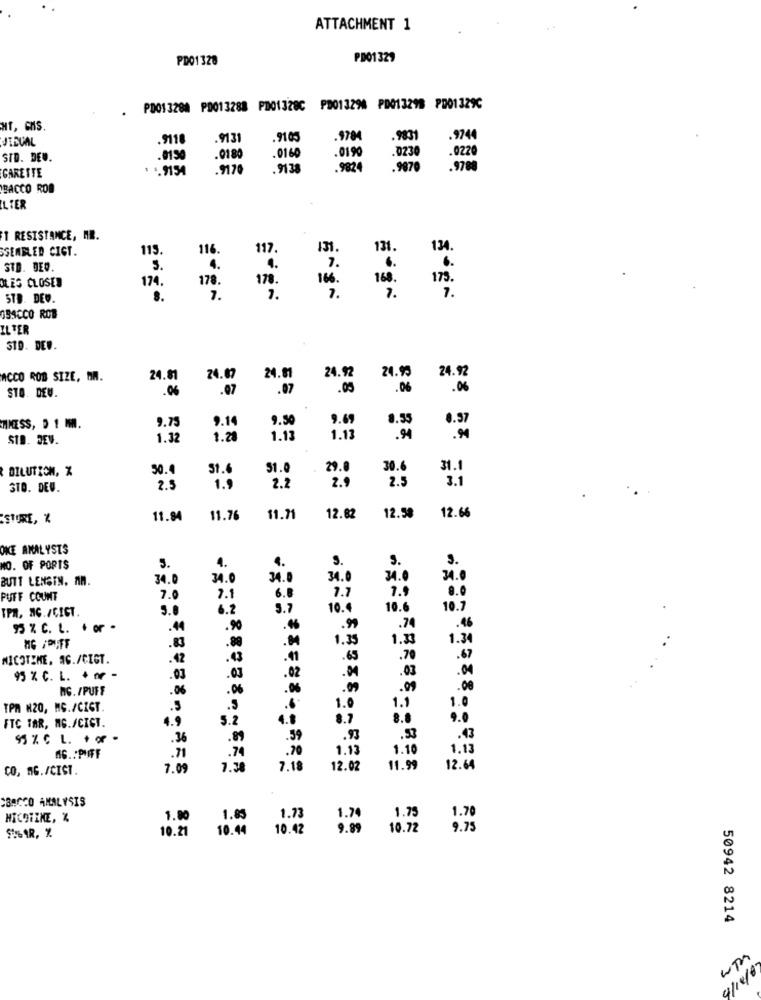
ATTACHMENT 1
PD01328
PD01329
. P001 3288 P0013288 PD01328C PD013296 PD013298 PD01329C
HT, GMS.
JTEVAL
.9110
.913
.910.
.9784
.9831
.9744
STD. DEW.
.0150
.0180
.016
.0190
.0230
.0220
GARETTE
. .. 9154
.9170
.9138
.9824
.9870
.9788
BACCO ROB
ILTER
1 RESISTANCE, MR.
SSEMBLED CIGT.
115.
116.
117.
131.
131
134.
4.
7.
STD. DEW.
S.
4.
6.
. .
OLEG CLOSER
174.
178.
170.
16.
168.
175 .
7.
5TD. DEW.
8.
7.
1.
7.
099CCO ROB
IL TER
31D. DEW.
24.92
24.95
24.92
ACCO ROB SIZE, MA.
24.81
24.07
24.81
.06
.07
.07
.05
.06
.06
STO. DEW.
9.75
9.14
9.50
9.69
8.35
8.97
HNESS, 5 1 MMM.
STB. JEV.
1.32
1.28
1.13
1.13
.94
DILUTION, %
50.4
31.
$1.0
29.0
30.6
31.
2.
2.5
3.1
STO. DEV.
2.5
1.9
2.2
12.58
STURE, %
11.84
11.76
11.71
12.82
12.66
ONCE ANALYSTS
S.
S.
3.
NO. OF PORTS
5.
4.
4.
BUTT LENSTN. MIN.
34.0
34.0
34.
34.0
34.0
6.8
7.7
7.9
8.0
PUFF COUNT
7.0
7.1
IPR. NC./CIGT.
5.0
6.2
3.7
10.4
10.6
10.7
.46
95 % C. L.
.44
.90
."
."
.74
.83
.84
1.35
1.30
1.34
.80
NICOTINE. AG./CICT.
.42
.43
.65
.70
.67
.02
.03
.04
95 % C. L. · fr -
.03
.03
NG. /PUFF
.06
.06
.06
.00
.00
.00
TPM N20, MG./CIGT.
.5
.5
1.0
1.1
1.0
4.9
5.2
4.8
8.7
8.8
FTC TAR, MG./CIGT.
.36
.89
.59
.93
.53
.43
.71
.74
.70
1.13
1.10
1.13
AG .. PAF
CO, AG./CIST.
7.09
7.3
7.18
12.02
11.99
12.64
188050 ANALYSIS
1.75
NICOTINE, %
1.80
1.85
1.73
1.74
1.70
SOGAR, %
10.21
10.44
10.42
9.89
10.72
9.75
50942 8214
4/1218